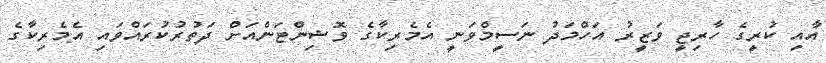
އާއި ކުރީގެ ހާރިޖީ ވަޒީރު އަހްމަދު ނަސީމްވަނީ އެމެރިކާގެ ވޮޝިންޓަންއަށް ދަތުރުކުރައްވައި އެމެރިކާގެ